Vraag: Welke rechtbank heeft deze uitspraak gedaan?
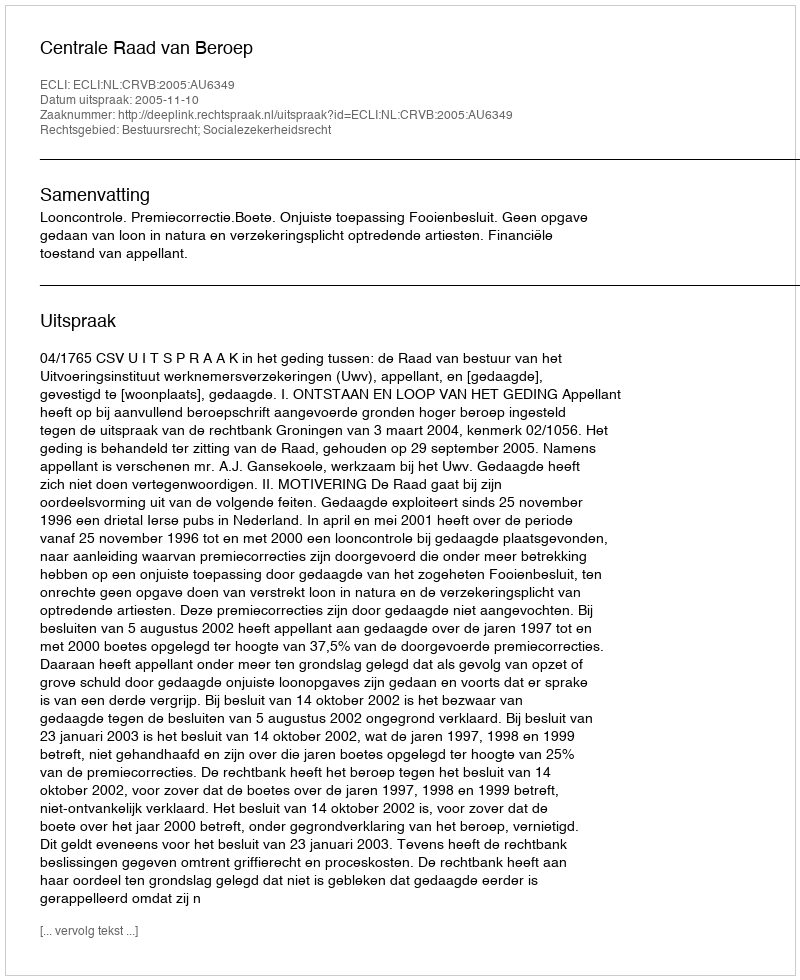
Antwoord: Centrale Raad van Beroep